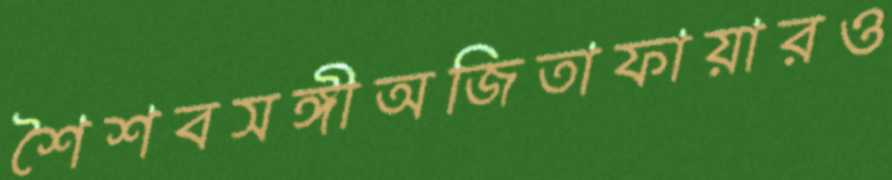
শৈশবসঙ্গীঅজিতাফায়ারও